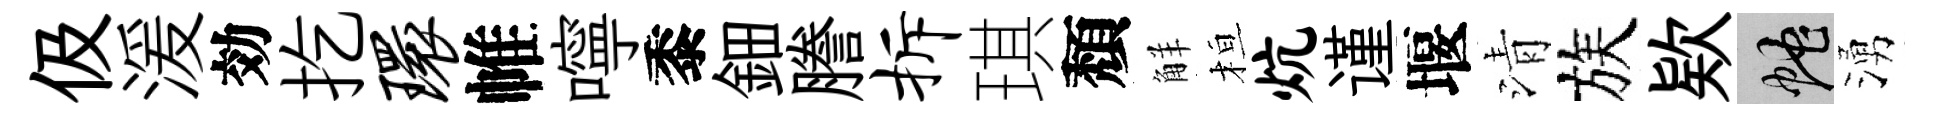
伋湲効扢环帷嚀黍鈿謄拆琪頽觧桓炕谨堰清族欵蛇湧